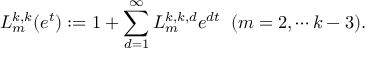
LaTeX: L _ { m } ^ { k , k } ( e ^ { t } ) : = 1 + \sum _ { d = 1 } ^ { \infty } L _ { m } ^ { k , k , d } e ^ { d t } \; \; ( m = 2 , \cdots k - 3 ) .